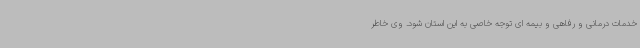
خدمات درمانی و رفاهی و بیمه ای توجه خاصی به این استان شود. وی خاطر